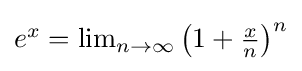
{\textstyle e^{x}=\lim _{n\to \infty }\left(1+{\frac {x}{n}}\right)^{n}}